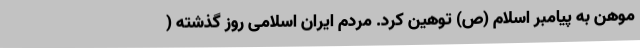
موهن به پیامبر اسلام (ص) توهین کرد. مردم ایران اسلامی روز گذشته (